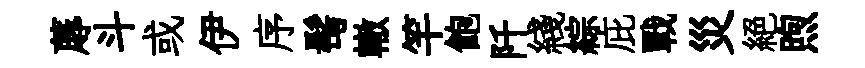
蓐斗或伊序髩轍竿飽阡綫綜庇戰災絕煦